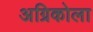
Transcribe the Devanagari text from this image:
अग्रिकोला